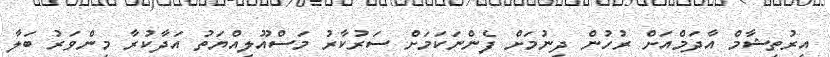
އިރުތިޝާމް އާދަމްއަށް ރުހުން ދިނުމަށް ފެންނަކަމަށް ސަރުކާރު މަސްއޫލިއްޔަތު އަދާކުރާ މިންވަރު ބަލާ